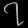
Digit: ၇